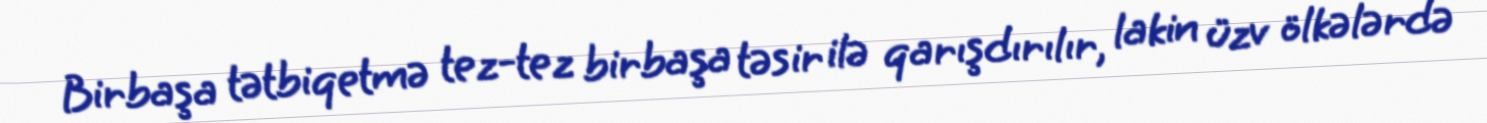
Birbaşa tətbiqetmə tez-tez birbaşa təsir ilə qarışdırılır, lakin üzv ölkələrdə